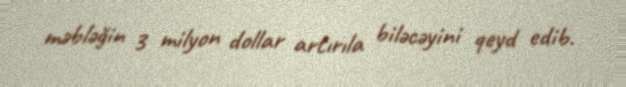
məbləğin 3 milyon dollar artırıla biləcəyini qeyd edib.